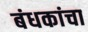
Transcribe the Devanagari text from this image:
बंधकांचा